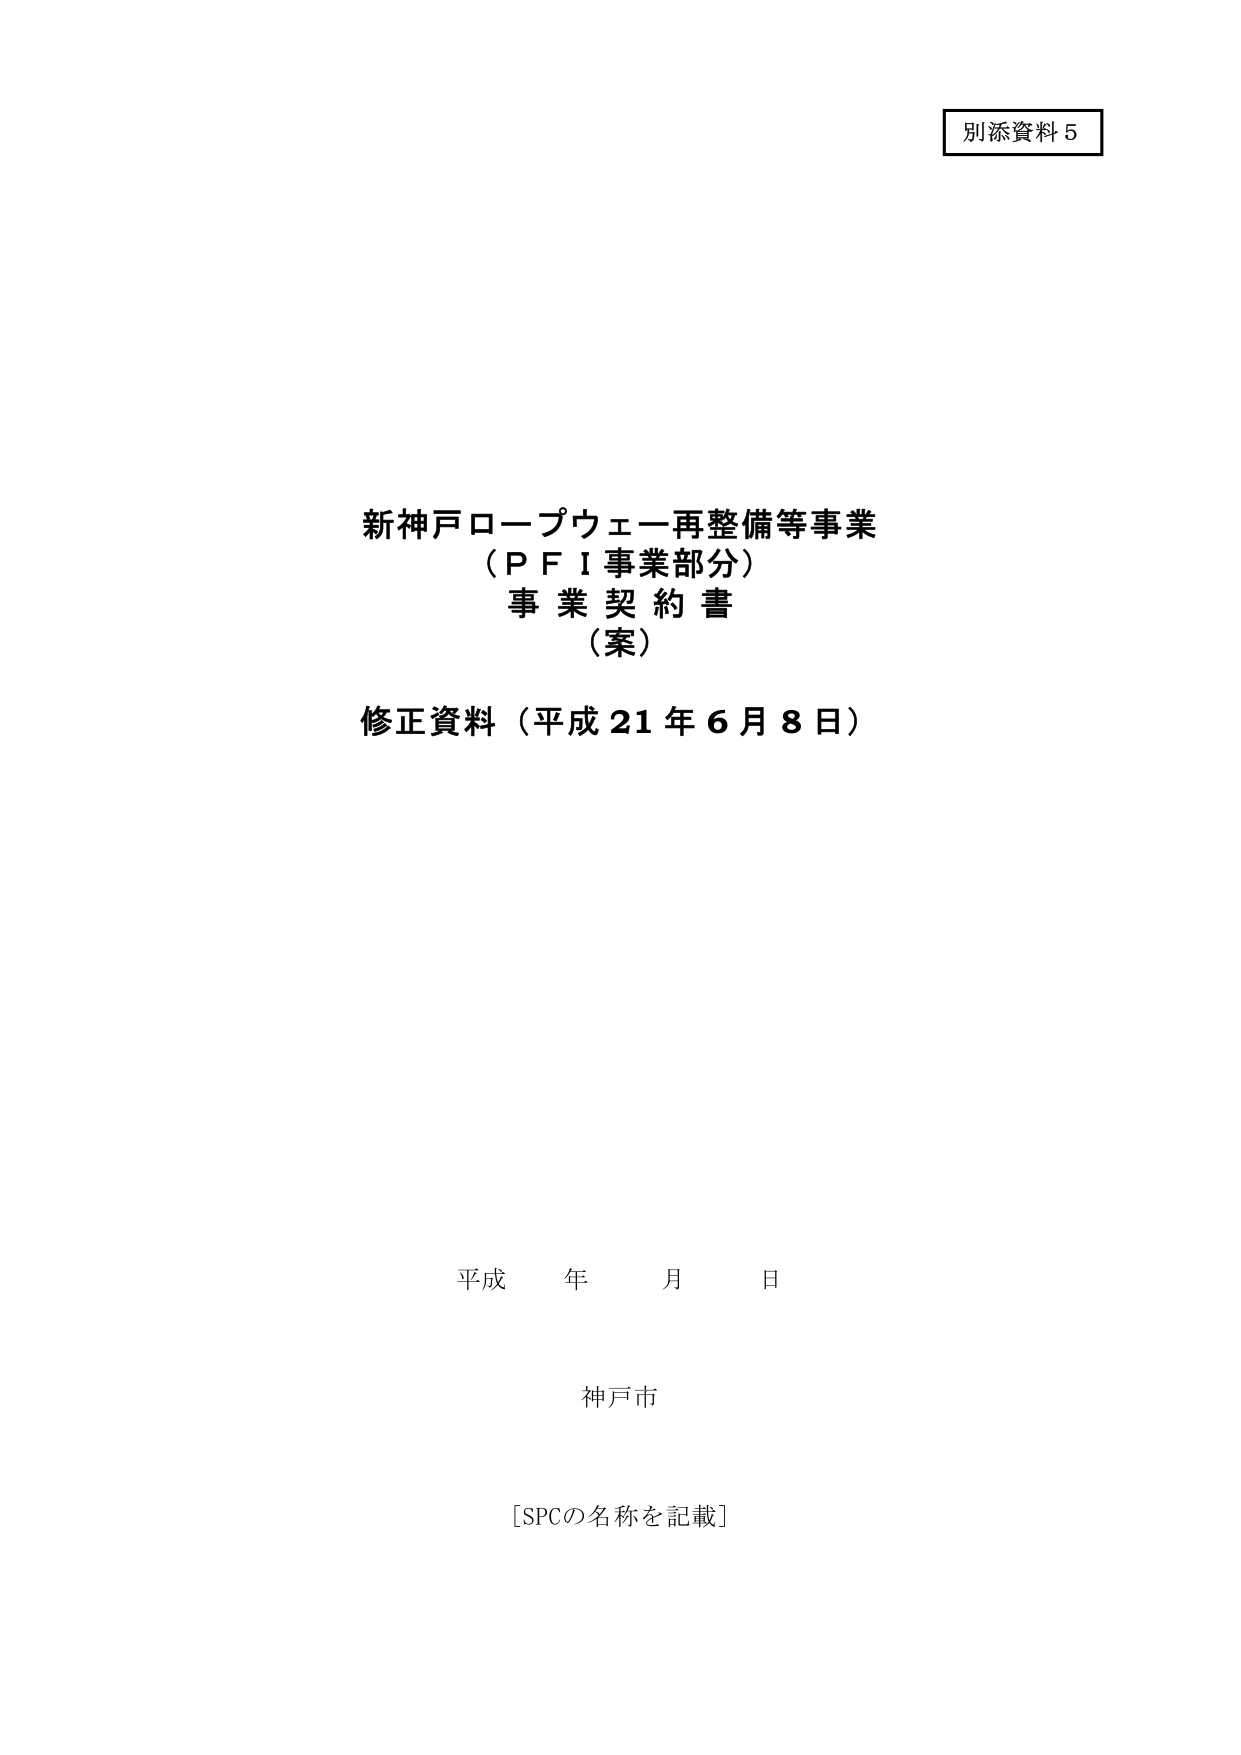
別添資料５

新神戸ロープウェー再整備等事業
（ＰＦＩ事業部分）
事業契約書
（案）

修正資料（平成21年6月8日）

平成　年　月　日

神戸市

［SPCの名称を記載］